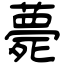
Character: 薨